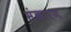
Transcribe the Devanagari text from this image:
संकारण